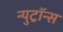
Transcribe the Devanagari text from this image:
न्युट्रॉन्स